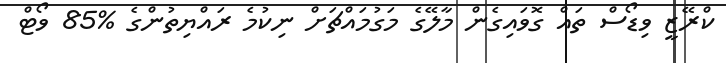
ކްރޭޒީ ވިޑޯސް ތައް ގޮވައިގެން މާލޭގެ މަގުމައްޗަށް ނިކުމެ ރައްޔިތުންގެ %85 ވޯޓް